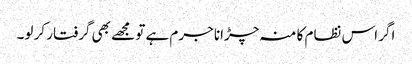
اگر اس نظام کا منہ چڑانا جرم ہے تو مجھے بھی گرفتار کر لو۔